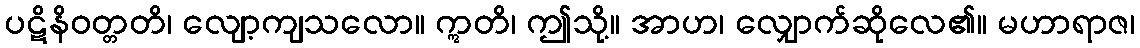
ပဋိနိဝတ္တတိ၊ လျော့ကျသလော။ ဣတိ၊ ဤသို့။ အာဟ၊ လျှောက်ဆိုလေ၏။ မဟာရာဇ၊